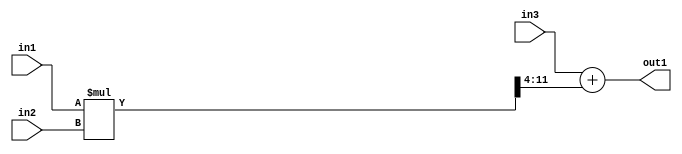
`timescale 1ps / 1ps
/*****************************************************************************
    Verilog RTL Description
    
    
    Created by: Stratus DpOpt 2019.1.01 
*******************************************************************************/

module GauFilter_Add2R11_4Mul2u8u8u8_4 (
	in3,
	in2,
	in1,
	out1
	); /* architecture "behavioural" */ 
input [7:0] in3,
	in2,
	in1;
output [7:0] out1;
wire [7:0] asc001;
wire [11:0] asc002;

assign asc002 = 
	+(in1 * in2);

assign asc001 = 
	+(in3)
	+(asc002[11:4]);

assign out1 = asc001;
endmodule

/* CADENCE  ubj4SAw= : u9/ySgnWtBlWxVPRXgAZ4Og= ** DO NOT EDIT THIS LINE ******/